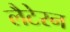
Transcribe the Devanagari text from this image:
लैटेरन